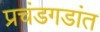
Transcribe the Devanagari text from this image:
प्रचंडगडांत